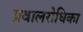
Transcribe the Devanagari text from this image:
प्रवालरोधिका